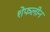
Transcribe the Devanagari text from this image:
शेफलीन